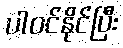
ပါဝင်နိုင်ပြီး